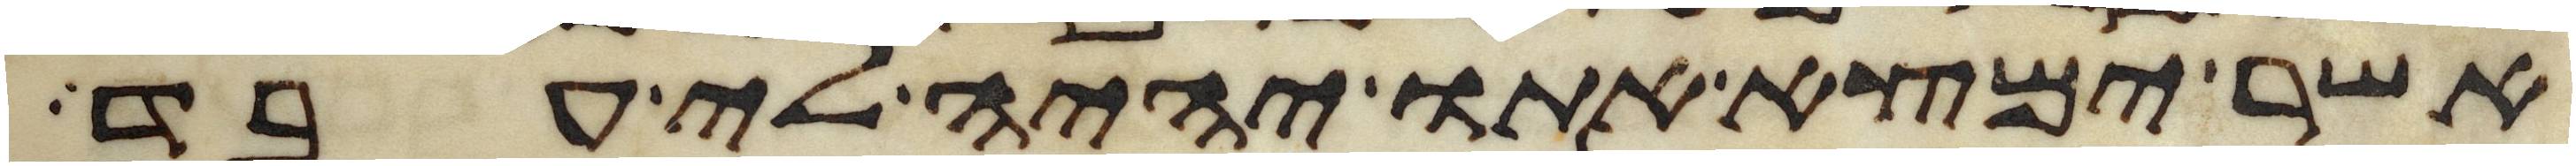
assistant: אשר ימצא אתו יהיה לי עבד